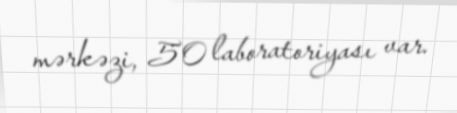
mərkəzi, 50 laboratoriyası var.